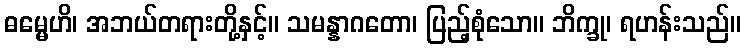
ဓမ္မေဟိ၊ အဘယ်တရားတို့နှင့်။ သမန္နာဂတော၊ ပြည့်စုံသော။ ဘိက္ခု၊ ရဟန်းသည်။